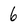
Character: 6